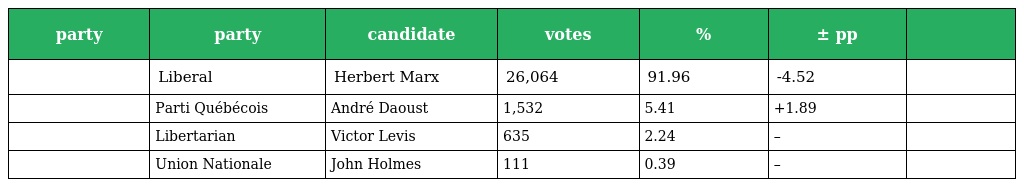
| party | party | candidate | votes | % | ± pp |  |
 | --- | --- | --- | --- | --- | --- | --- |
 |  | Liberal | Herbert Marx | 26,064 | 91.96 | -4.52 |  |
 |  | Parti Québécois | André Daoust | 1,532 | 5.41 | +1.89 |  |
 |  | Libertarian | Victor Levis | 635 | 2.24 | – |  |
 |  | Union Nationale | John Holmes | 111 | 0.39 | – |  |